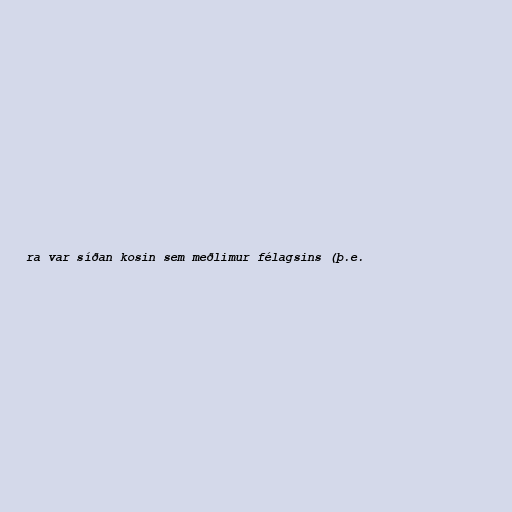
ra var síðan kosin sem meðlimur félagsins (þ.e.